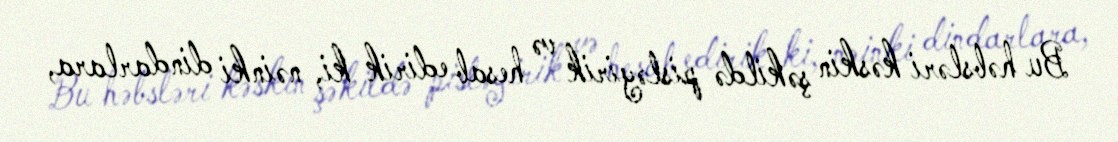
Bu həbsləri kəskin şəkildə pisləyirik və hesab edirik ki, nəinki dindarlara,